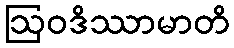
ဩဝဒိဿာမာတိ